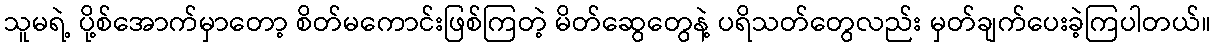
သူမရဲ့ ပို့စ်အောက်မှာတော့ စိတ်မကောင်းဖြစ်ကြတဲ့ မိတ်ဆွေတွေနဲ့ ပရိသတ်တွေလည်း မှတ်ချက်ပေးခဲ့ကြပါတယ်။